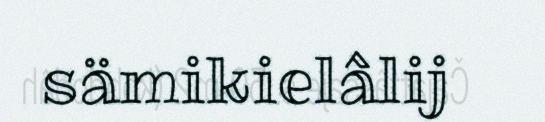
sämikielâlij